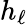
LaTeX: h_{\ell}